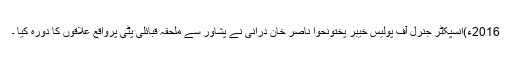
2016ء)انسپکٹر جنرل آف پولیس خیبر پختونحوا ناصر خان دُرانی نے پشاور سے ملحقہ قبائلی پٹی پرواقع علاقوں کا دورہ کیا ۔